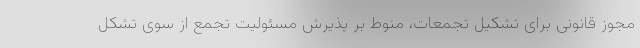
مجوز قانونی برای تشکیل تجمعات، منوط بر پذیرش مسئولیت تجمع از سوی تشکل